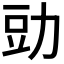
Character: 𮷋